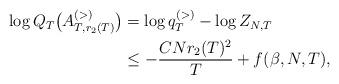
LaTeX: \begin{align*} \begin{aligned} \log Q_T\big(A^{(>)}_{T,r_2(T)}\big) &= \log q_T^{(>)} - \log Z_{N,T} \\&\leq -\frac{CNr_2(T)^2}{T} + f(\beta,N,T), \end{aligned} \end{align*}